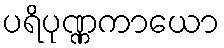
ပရိပုဏ္ဏကာယော